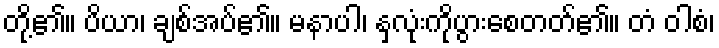
တို့၏။ ပိယာ၊ ချစ်အပ်၏။ မနာပါ၊ နှလုံးကိုပွားစေတတ်၏။ တံ ဝါစံ၊